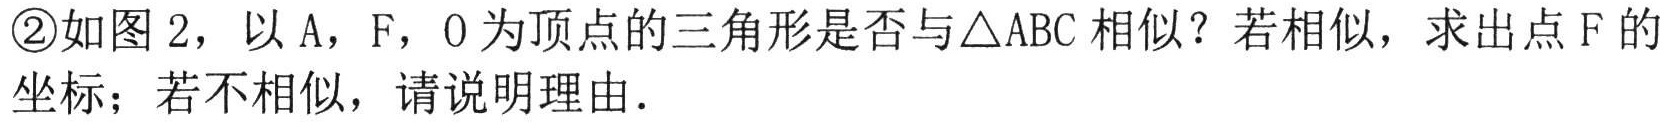
\textcircled{2}如图 2，以 A，F，O 为顶点的三角形是否与\triangle ABC 相似？若相似，求出点 F 的坐标；若不相似，请说明理由．